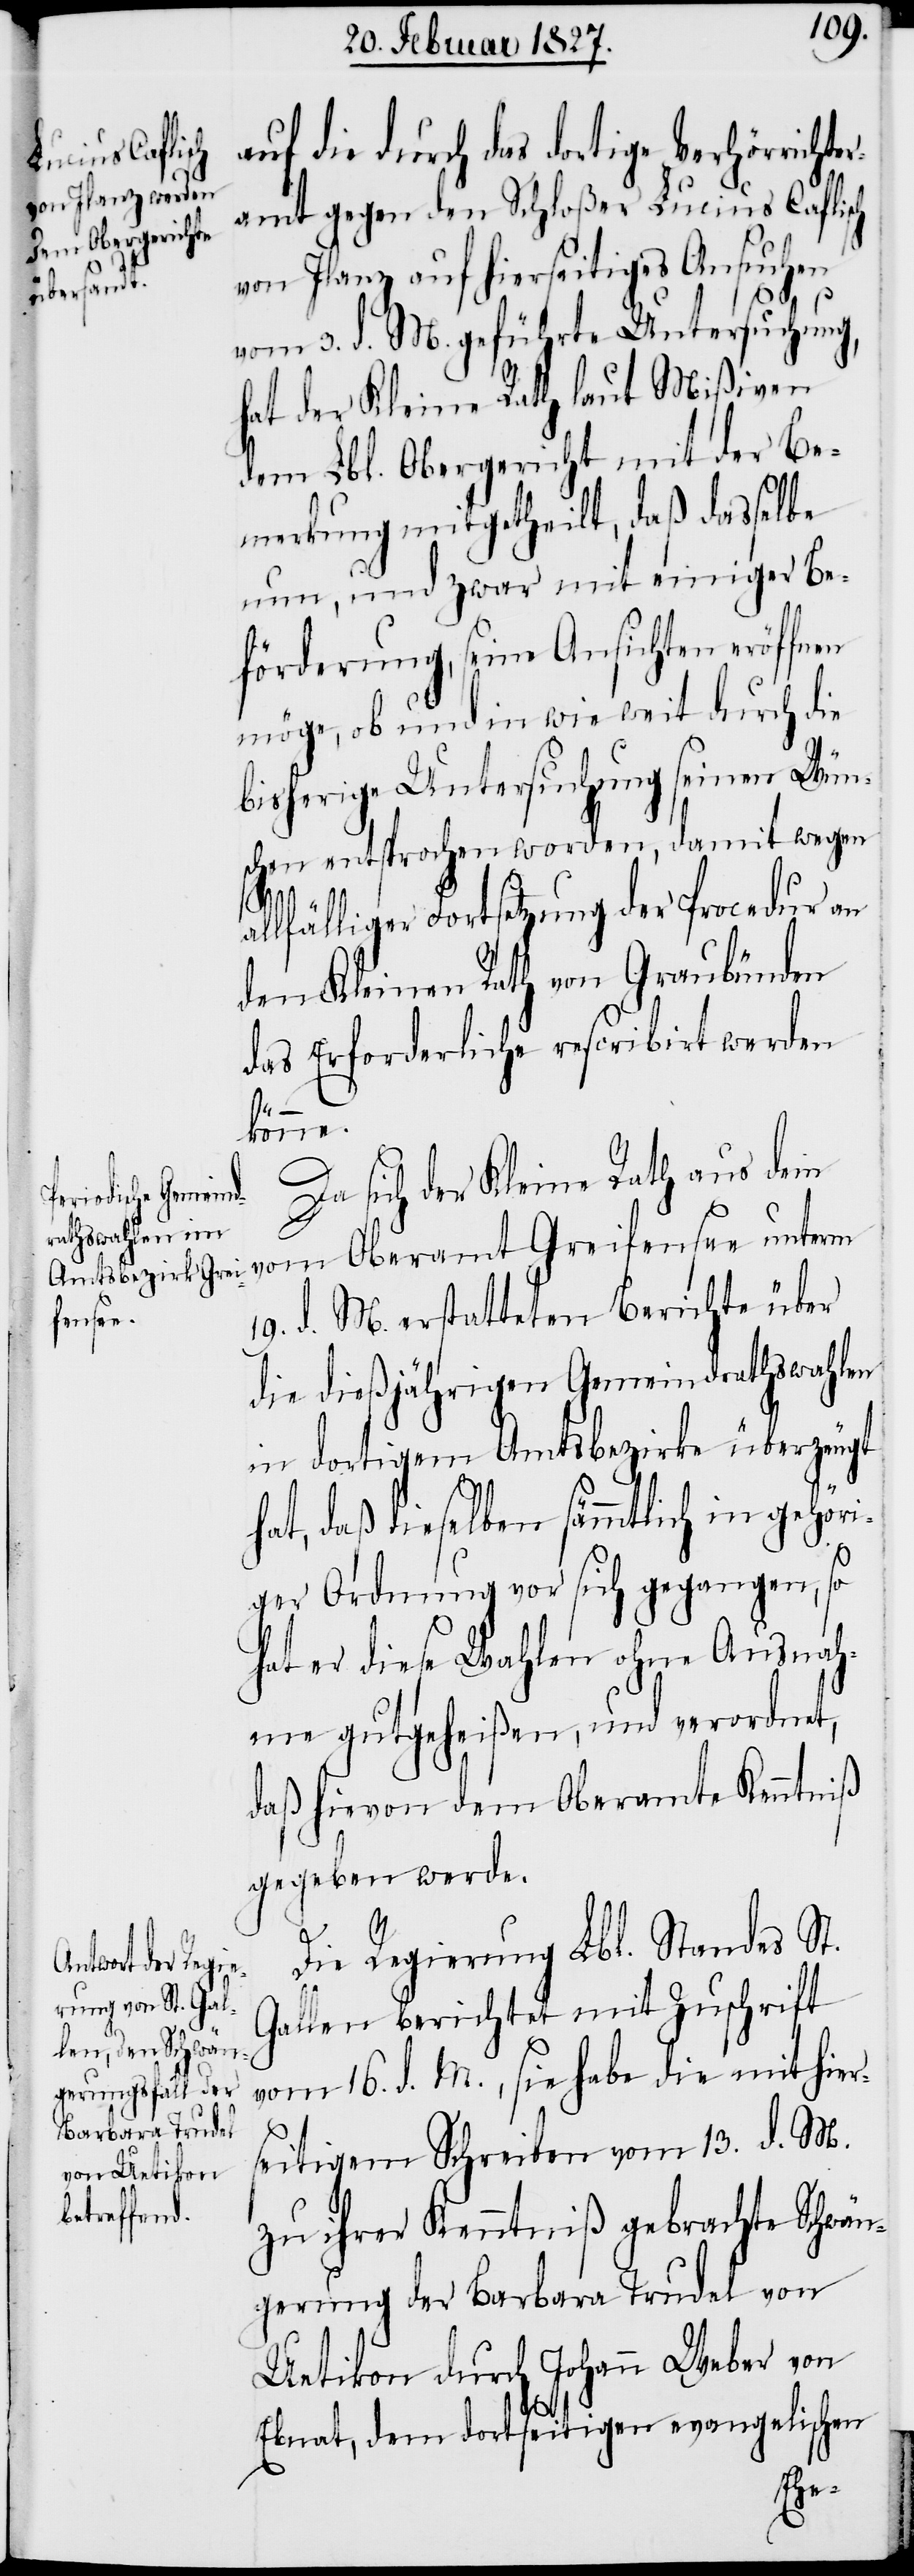
auf die durch das dortige Verhörrichte¬
ramt gegen den Schloßer Lucius Caflisch
von Ilanz auf hierseitiges Ansuchen
Oberamt
vom 3. d. M. geführte Untersuchung,
hat der Kleine Rath laut Mißiven
dem Lbl. Obergericht mit der Be¬
merkung mitgetheilt, daß dasselbe
nun, und zwar mit einiger Be¬
förderung, seine Ansichten eröffnen
möge, ob und in wie weit durch die
bisherige Untersuchung seinen Wün¬
schen entsprochen worden, damit wegen
allfälliger Fortsetzung der Procedur an
den Kleinen Rath von Graubünden
das Erforderliche rescribirt werden
von
Da sich der Kleine Rath aus dem
19. d. M. erstatteten Berichte über
fensee
die dießjährigen Gemeindrathswahlen
in dortigem Amtsbezirke überzeugt
hat, daß dieselben sämmtlich in gehöri¬
ger Ordnung vor sich gegangen, so
hat er diese Wahlen ohne Ausnah¬
me gutgeheißen, und verordnet,
daß hievon dem Oberamte Kenntniß
gegeben werde.
Die Regierung Lbl. Standes St.
Gallen berichtet mit Zuschrift
vom 16. d. M., sie habe die mit hier¬
seitigem Schreiben vom 13. d. M.
zu ihrer Kenntniß gebrachte Schwän¬
gerung der Barbara Trudel von
Uetikon durch Johann Weber von
Ebnat, dem dortseitigen evangelischen
Grei¬